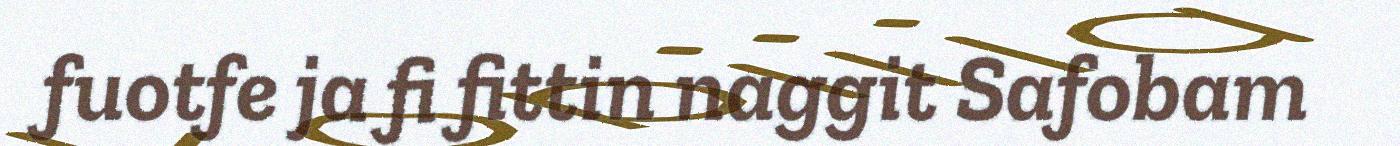
fuotfe ja fi fittin naggit Safobam